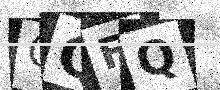
Text: OQFQ